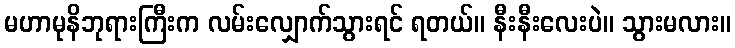
မဟာမုနိဘုရားကြီးက လမ်းလျှောက်သွားရင် ရတယ်။ နီးနီးလေးပဲ။ သွားမလား။